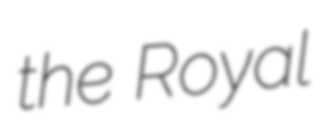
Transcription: the Royal